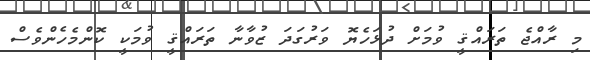
މި ރާއްޖެ ތަރައްޤީ ވުމަށް ދުޅަހެޔޮ ވަރުގަދަ ޒުވާނާ ތަރައްޤީ ވުމަކީ ކޮންމެހެންވެސް